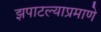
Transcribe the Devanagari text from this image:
झपाटल्याप्रमाणे